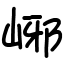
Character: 峫